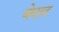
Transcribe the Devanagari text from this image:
बेदाद